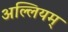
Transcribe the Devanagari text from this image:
अल्लियम्